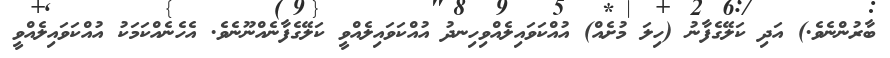
ބާރުންނެވެ.) އަދި ކަލޭގެފާނު (ހިލަ މުށެއް) އުއްކަވައިލެއްވިހިނދު އުއްކަވައިލެއްވީ ކަލޭގެފާނެއްނޫނެވެ. އެހެނެއްކަމަކު އުއްކަވައިލެއްވީ